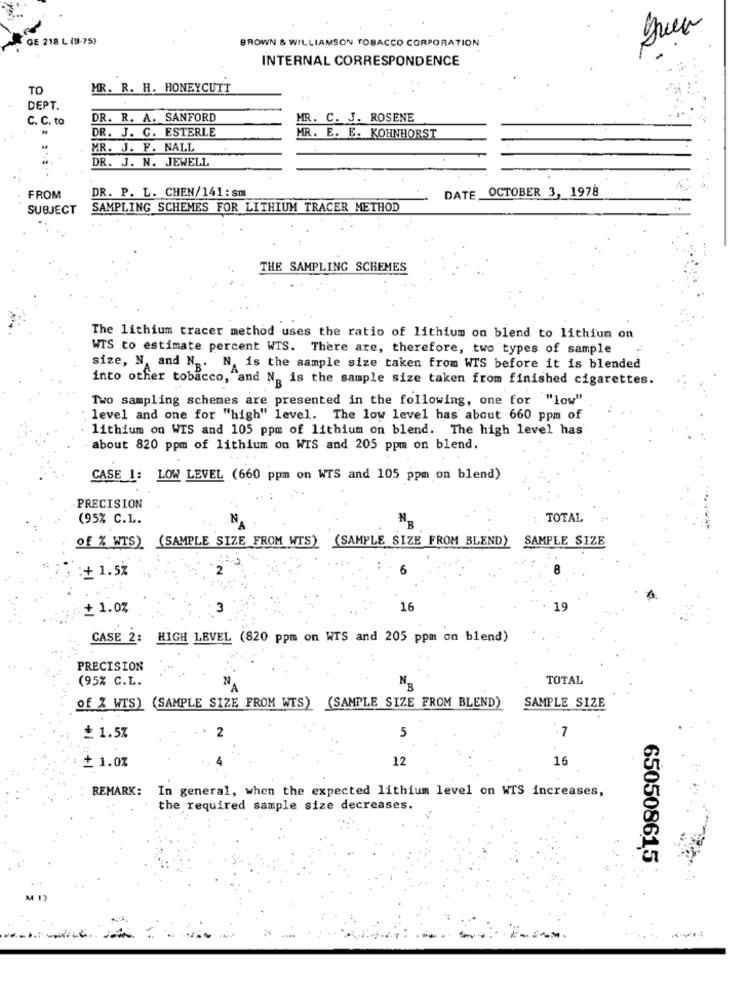
GE 218 L (9-75)
BROWN & WILLIAMSON TOBACCO CORPORATION
INTERNAL CORRESPONDENCE
TO
MR. R. H. HONEYCUTT
DEPT.
C. C. to
DR. R. A. SANFORD
MR. C. J. ROSENE
DR. J. C. ESTERLE
MR. E. E. KOHNHORST
MR. J. F. NALL
DR. J. N. JEWELL
DR. P. L. CHEN/141: sm
DATE OCTOBER 3, 1978
- FROM
SUBJECT
SAMPLING SCHEMES FOR LITHIUM TRACER METHOD
THE SAMPLING SCHEMES
The lithium tracer method uses the ratio of lithium on blend to lithium on
WTS to estimate percent WTS. There are, therefore, two types of sample
size, N, and N .. N. is the sample size taken from WTS before it is blended
into other tobacco, and N ., is the sample size taken from finished cigarettes.
Two sampling schemes are presented in the following, one for ""low"
level and one for "high" level. The low level has about 660 ppm of
lithium on WTS and 105 ppm of lithium on blend. The high level has
about 820 ppm of lithium on WIS and 205 ppm on blend.
CASE 1: LOW LEVEL (660 ppm on WTS and 105 ppm on blend)
PRECISION
(95% C.L.
TOTAL
of % WTS) (SAMPLE SIZE FROM WTS) (SAMPLE SIZE FROM BLEND) SAMPLE SIZE
:+ 1.5%
+ 1.0%
16
19
CASE 2: HIGH LEVEL (820 ppm on WTS and 205 ppm on blend)
PRECISION
(95% C.L.
N.
TOTAL
of % WTS) (SAMPLE SIZE FROM WIS) (SAMPLE SIZE FROM BLEND)
SAMPLE SIZE
2
-7
+ 1.5%
5
12
16
+ 1.0%
REMARK: In general, when the expected lithium level on WIS increases,
the required sample size decreases.
650508615